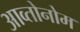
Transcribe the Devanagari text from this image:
आव्तोनोम